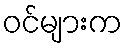
ဝင်များက